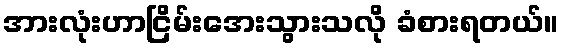
အားလုံးဟာငြိမ်းအေးသွားသလို ခံစားရတယ်။